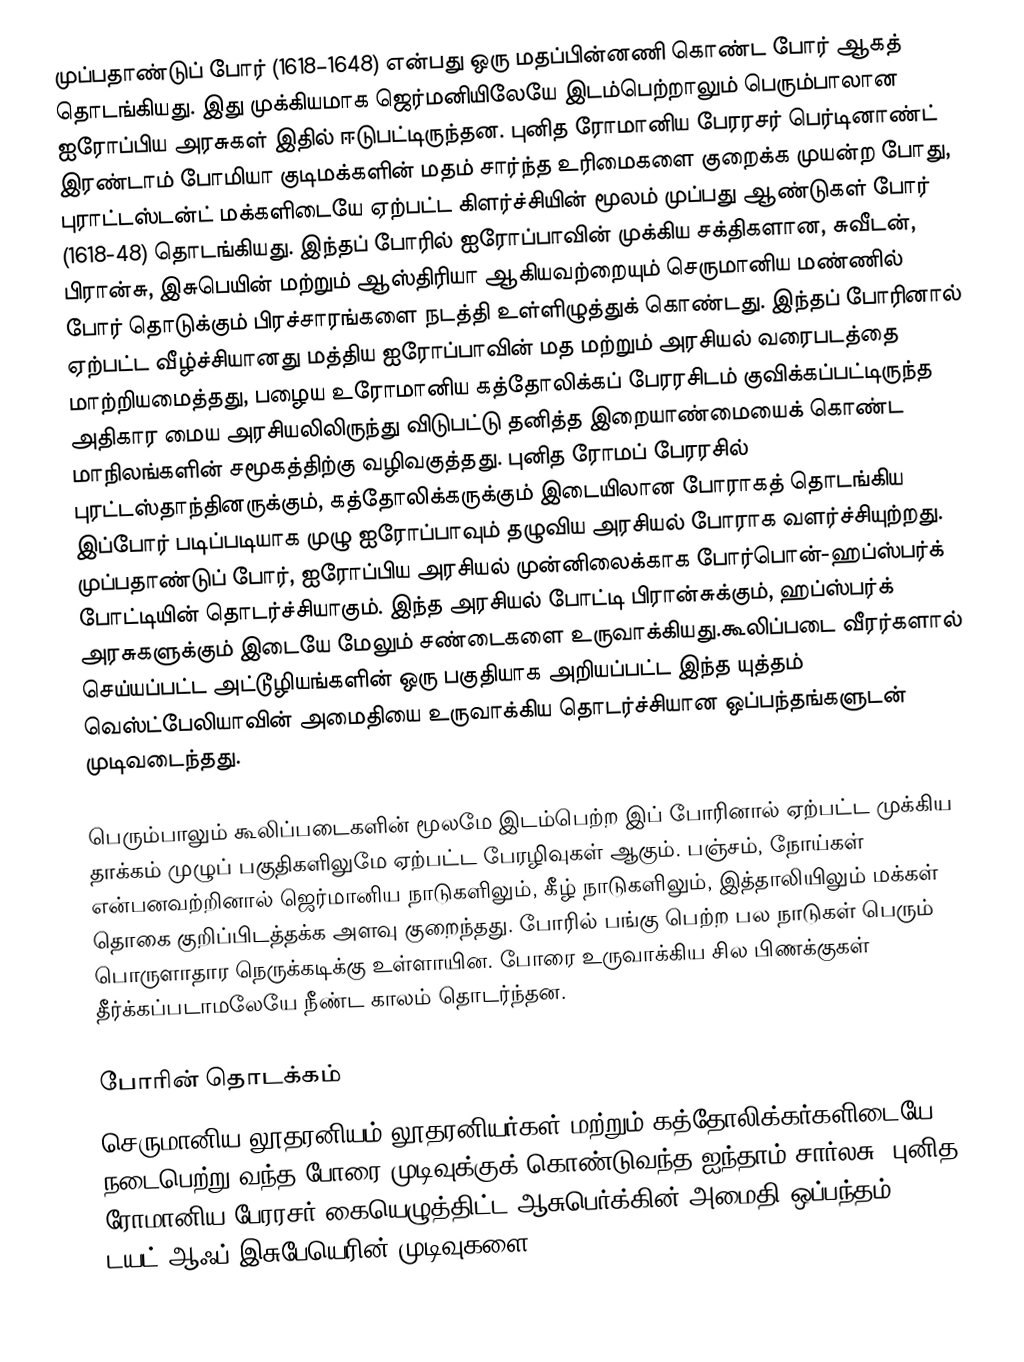
முப்பதாண்டுப் போர் (1618–1648) என்பது ஒரு மதப்பின்னணி கொண்ட போர் ஆகத் தொடங்கியது. இது முக்கியமாக ஜெர்மனியிலேயே இடம்பெற்றாலும் பெரும்பாலான ஐரோப்பிய அரசுகள் இதில் ஈடுபட்டிருந்தன. புனித ரோமானிய பேரரசர் பெர்டினாண்ட் இரண்டாம் போமியா குடிமக்களின் மதம் சார்ந்த உரிமைகளை குறைக்க முயன்ற போது, புராட்டஸ்டன்ட் மக்களிடையே ஏற்பட்ட கிளர்ச்சியின் மூலம் முப்பது ஆண்டுகள் போர் (1618-48) தொடங்கியது. இந்தப் போரில் ஐரோப்பாவின் முக்கிய சக்திகளான, சுவீடன், பிரான்சு, இசுபெயின் மற்றும் ஆஸ்திரியா ஆகியவற்றையும் செருமானிய மண்ணில் போர் தொடுக்கும் பிரச்சாரங்களை நடத்தி உள்ளிழுத்துக் கொண்டது. இந்தப் போரினால் ஏற்பட்ட வீழ்ச்சியானது மத்திய ஐரோப்பாவின் மத மற்றும் அரசியல் வரைபடத்தை மாற்றியமைத்தது, பழைய உரோமானிய கத்தோலிக்கப் பேரரசிடம் குவிக்கப்பட்டிருந்த அதிகார மைய அரசியலிலிருந்து விடுபட்டு தனித்த இறையாண்மையைக் கொண்ட மாநிலங்களின் சமூகத்திற்கு வழிவகுத்தது. புனித ரோமப் பேரரசில் புரட்டஸ்தாந்தினருக்கும், கத்தோலிக்கருக்கும் இடையிலான போராகத் தொடங்கிய இப்போர் படிப்படியாக முழு ஐரோப்பாவும் தழுவிய அரசியல் போராக வளர்ச்சியுற்றது. முப்பதாண்டுப் போர், ஐரோப்பிய அரசியல் முன்னிலைக்காக போர்பொன்-ஹப்ஸ்பர்க் போட்டியின் தொடர்ச்சியாகும். இந்த அரசியல் போட்டி பிரான்சுக்கும், ஹப்ஸ்பர்க் அரசுகளுக்கும் இடையே மேலும் சண்டைகளை உருவாக்கியது.கூலிப்படை வீரர்களால் செய்யப்பட்ட அட்டூழியங்களின் ஒரு பகுதியாக அறியப்பட்ட இந்த யுத்தம் வெஸ்ட்பேலியாவின் அமைதியை உருவாக்கிய தொடர்ச்சியான ஒப்பந்தங்களுடன் முடிவடைந்தது.

பெரும்பாலும் கூலிப்படைகளின் மூலமே இடம்பெற்ற இப் போரினால் ஏற்பட்ட முக்கிய தாக்கம் முழுப் பகுதிகளிலுமே ஏற்பட்ட பேரழிவுகள் ஆகும். பஞ்சம், நோய்கள் என்பனவற்றினால் ஜெர்மானிய நாடுகளிலும், கீழ் நாடுகளிலும், இத்தாலியிலும் மக்கள் தொகை குறிப்பிடத்தக்க அளவு குறைந்தது. போரில் பங்கு பெற்ற பல நாடுகள் பெரும் பொருளாதார நெருக்கடிக்கு உள்ளாயின. போரை உருவாக்கிய சில பிணக்குகள் தீர்க்கப்படாமலேயே நீண்ட காலம் தொடர்ந்தன.

போரின் தொடக்கம்
செருமானிய லூதரனியம் லூதரனியர்கள் மற்றும் கத்தோலிக்கர்களிடையே நடைபெற்று வந்த போரை முடிவுக்குக் கொண்டுவந்த ஐந்தாம் சார்லசு, புனித ரோமானிய பேரரசர் கையெழுத்திட்ட ஆசுபெர்க்கின் அமைதி ஒப்பந்தம் (1555) டயட் ஆஃப் இசுபேயெரின் முடிவுகளை